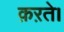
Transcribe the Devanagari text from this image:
क़ऱते।